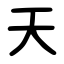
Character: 天